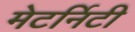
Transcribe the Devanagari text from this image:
मेटर्निटी